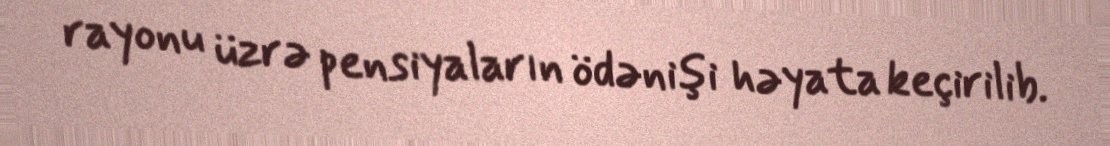
rayonu üzrə pensiyaların ödənişi həyata keçirilib.